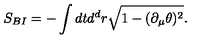
S _ { B I } = - \int d t d ^ { d } r \sqrt { 1 - ( \partial _ { \mu } \theta ) ^ { 2 } } .